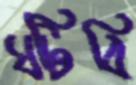
ঘটিবি